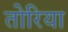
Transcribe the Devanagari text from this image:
तोरिया